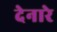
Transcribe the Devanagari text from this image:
देनारे